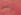
إلى